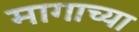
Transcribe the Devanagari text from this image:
मागाच्या